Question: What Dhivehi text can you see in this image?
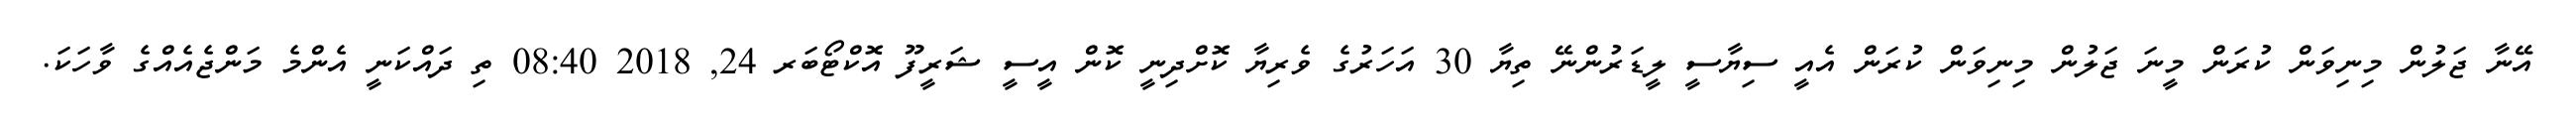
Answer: އޭނާ ޖަލުން މިނިވަން ކުރަން މީނަ ޖަލުން މިނިވަން ކުރަން އެއީ ސިޔާސީ ލީޑަރުންނޭ ތިޔާ 30 އަހަރުގެ ވެރިޔާ ކޮށްދިނީ ކޮން އީސީ ޝަރީފޫ އޮކްޓޯބަރ 24, 2018 08:40 ތި ދައްކަނީ އެންމެ މަންޖެއެއްގެ ވާހަކަ.